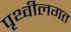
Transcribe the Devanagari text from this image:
पृथ्वीलगत